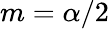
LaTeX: m=\alpha/2